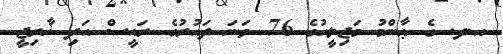
އ.ދ. ގެ ޢާންމު މަޖިލީހުގެ 76 ވަނަ ދައުރުގެ ރައީސް އަދި ޚާރިޖީ